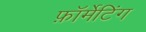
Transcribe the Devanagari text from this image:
फ़ॉर्मेटिंग